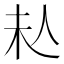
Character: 𠇠